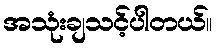
အသုံးချသင့်ပါတယ်။